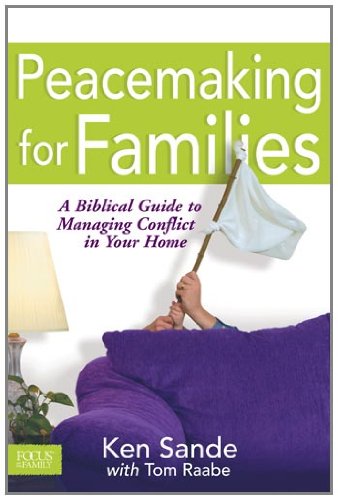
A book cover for Peacemaking for Families (Focus on the Family); Ken Sande; Self-Help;